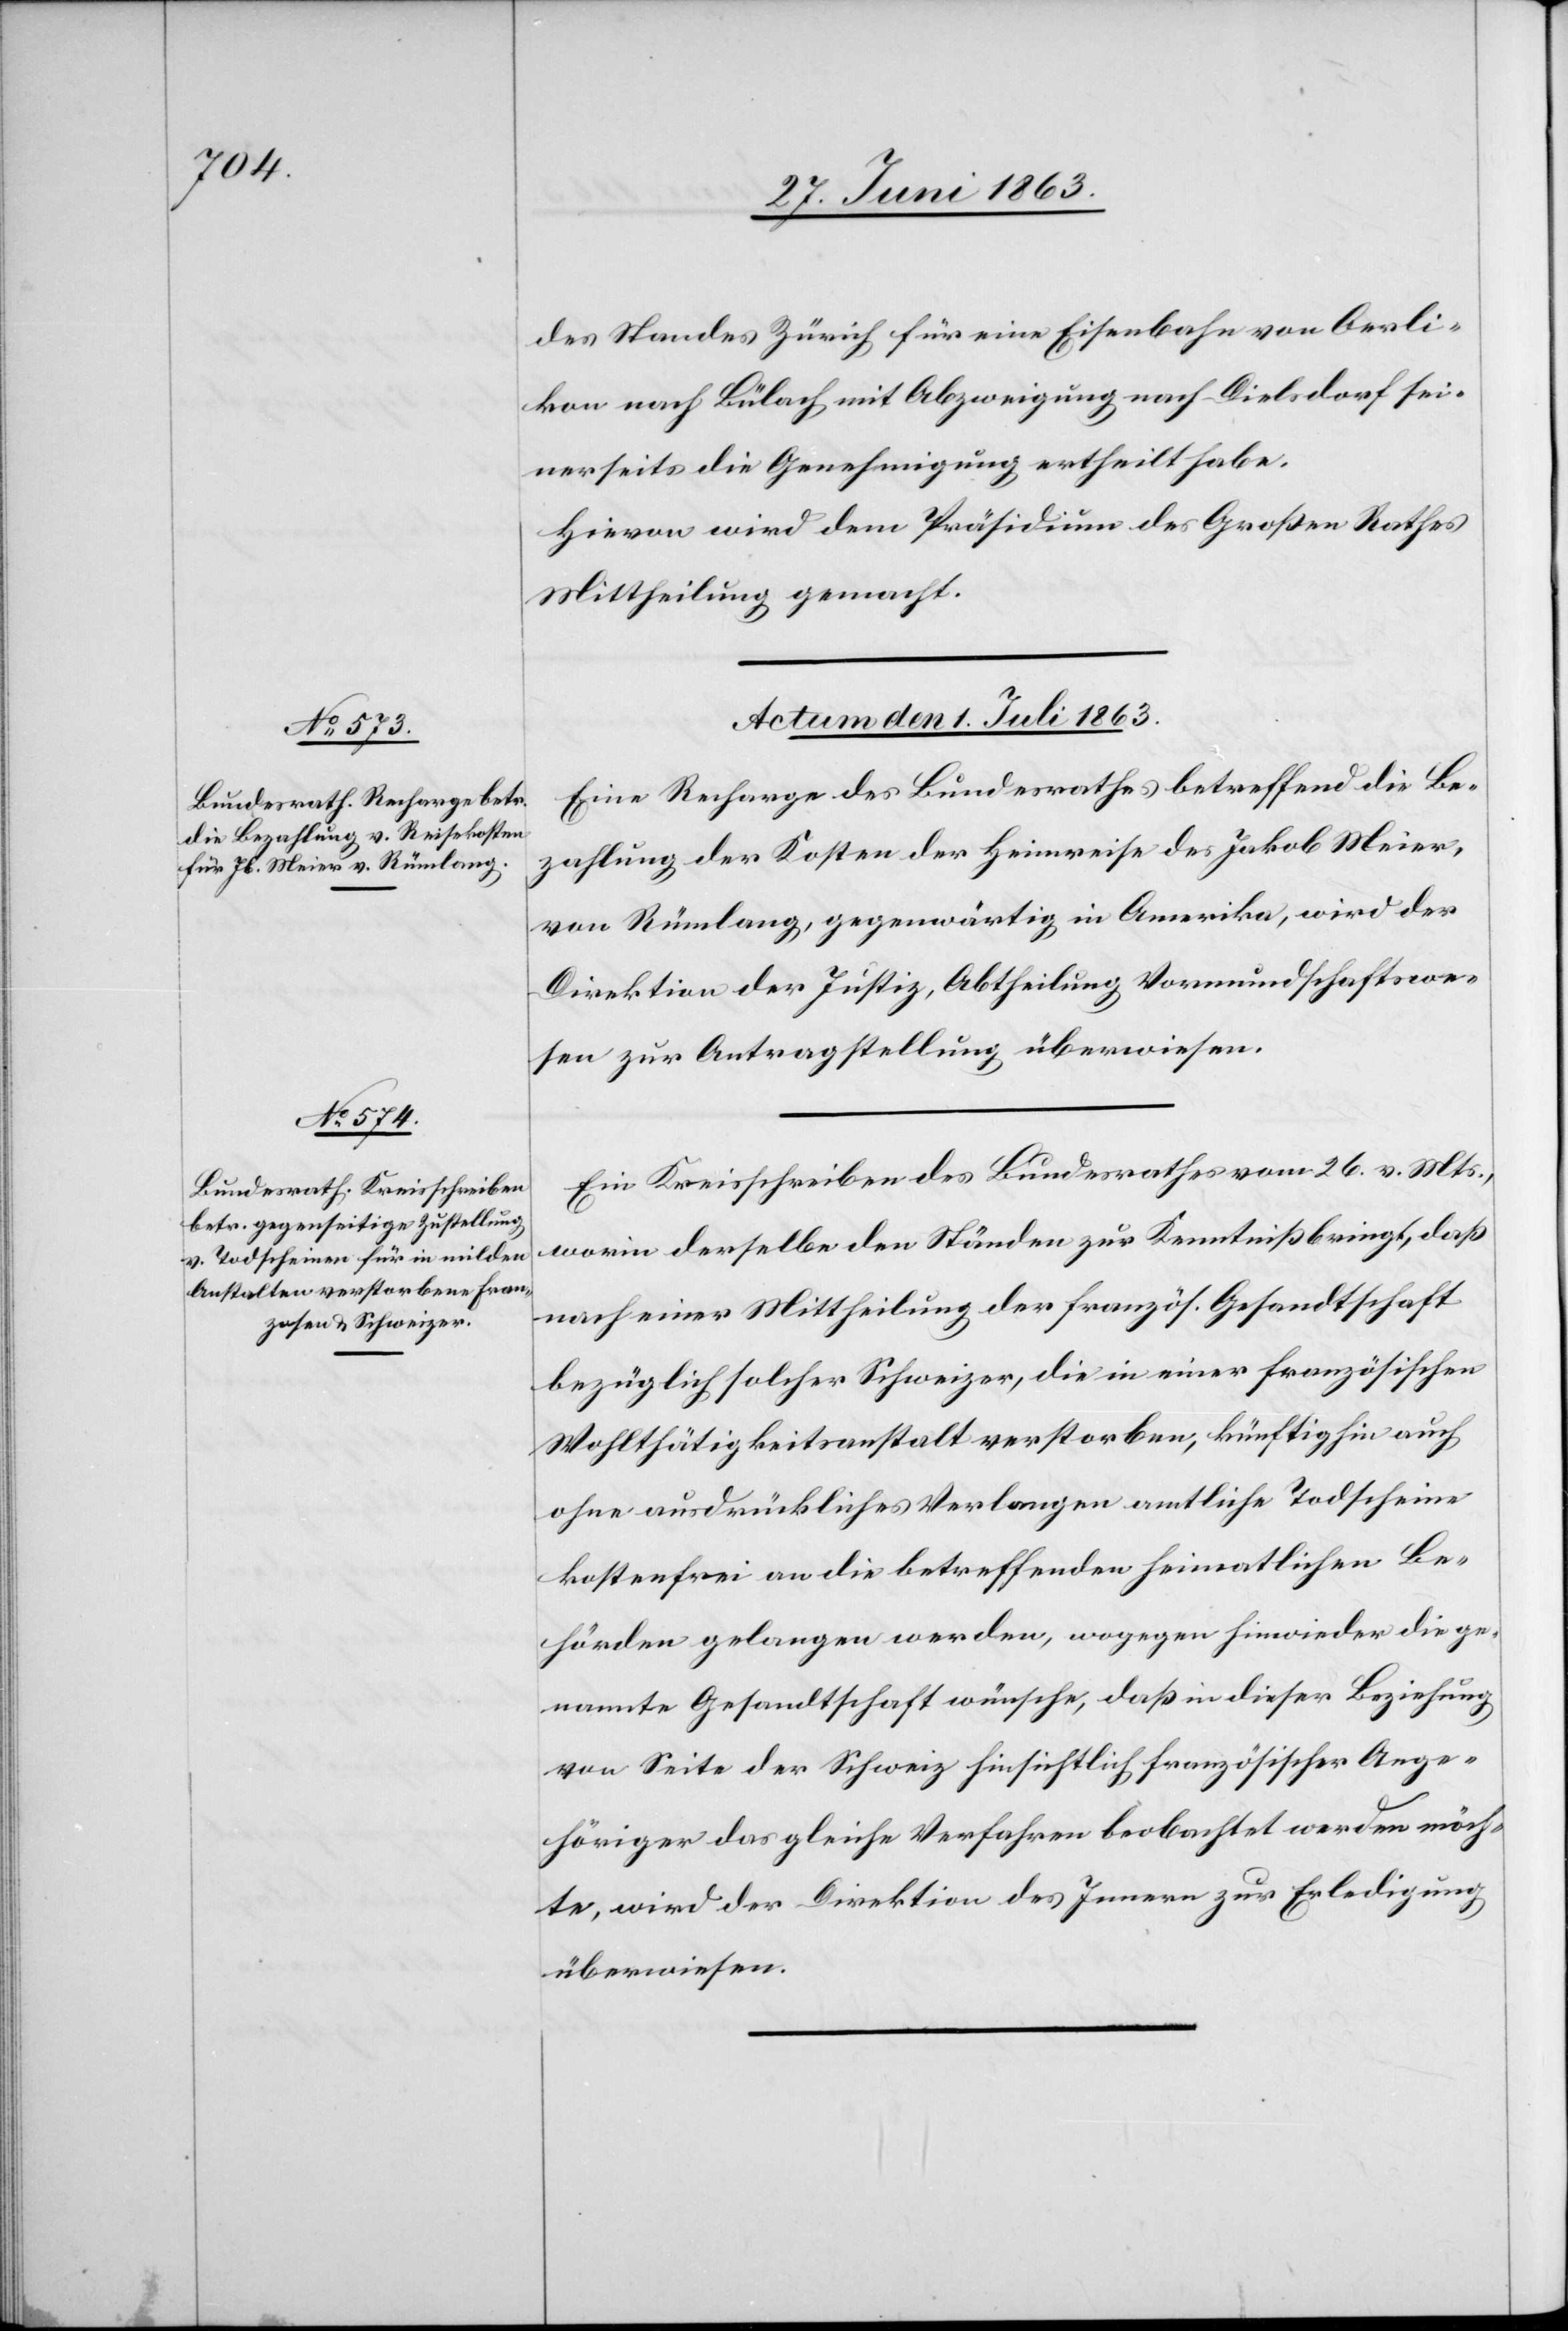
des Standes Zürich für eine Eisenbahn von Oerli¬
kon nach Bülach mit Abzweigung nach Dielsdorf sei¬
nerseits die Genehmigung ertheilt habe.
Hievon wird dem Präsidium des Großen Rathes
Mittheilung gemacht.
Actum den 1. Juli 1863.]
Eine Recharge des Bundesrathes betreffend die Be¬
zahlung der Kosten der Heimreise des Jakob Meier,
von Rümlang, gegenwärtig in Amerika, wird der
Direktion der Justiz, Abtheilung Vormundschaftswe¬
sen zur Antragstellung überwiesen.
Ein Kreisschreiben des Bundesrathes vom 26. v. Mts.,
worin derselbe den Ständen zur Kenntniß bringt, daß
nach einer Mittheilung der französ. Gesandtschaft
bezüglich solcher Schweizer, die in einer französischen
Wohlthätigkeitsanstalt verstorben, künftighin auch
ohne ausdrückliches Verlangen amtliche Todscheine
kostenfrei an die betreffenden heimatlichen Be¬
hörden gelangen werden, wogegen hinwieder die ge¬
nannte Gesandtschaft wünsche, daß in dieser Beziehung
von Seite der Schweiz hinsichtlich französischer Ange¬
höriger das gleiche Verfahren beobachtet werden möch¬
te, wird der Direktion des Innern zur Erledigung
überwiesen.